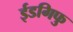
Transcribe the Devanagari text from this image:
ईडगिफु